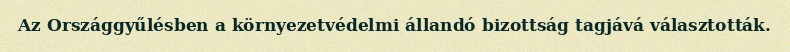
Az Országgyűlésben a környezetvédelmi állandó bizottság tagjává választották.